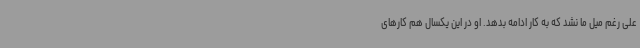
علی رغم میل ما نشد که به کار ادامه بدهد. او در این یکسال هم کارهای